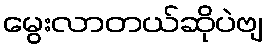
မွေးလာတယ်ဆိုပဲဗျ